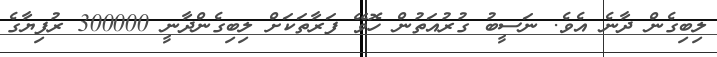
ލިބިގެން ދާނެ އެވެ. ނަސީބު ގުރުއަތުން ހޮވޭ ފަރާތަކަށް ލިބިގެންދާނީ 300000 ރުފިޔާގެ